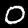
Label: 0